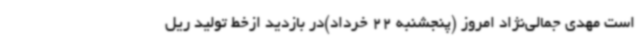
است مهدی جمالی‌نژاد امروز (پنجشنبه 22 خرداد)در بازدید ازخط تولید ریل